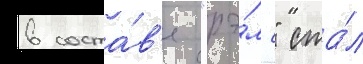
в соста́в'е "рэ́мс" ста́л